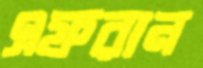
এফরান